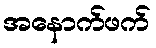
အနောက်ဖက်